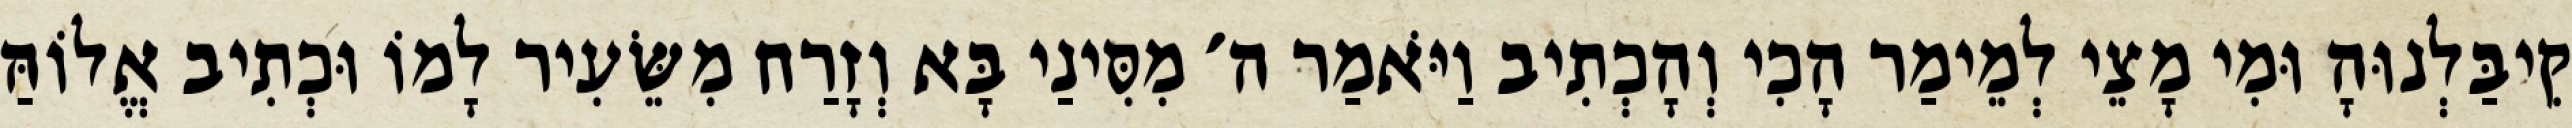
קִיבַּלְנוּהָ וּמִי מָצֵי לְמֵימַר הָכִי וְהָכְתִיב וַיֹּאמַר ה׳ מִסִּינַי בָּא וְזָרַח מִשֵּׂעִיר לָמוֹ וּכְתִיב אֱלוֹהַּ